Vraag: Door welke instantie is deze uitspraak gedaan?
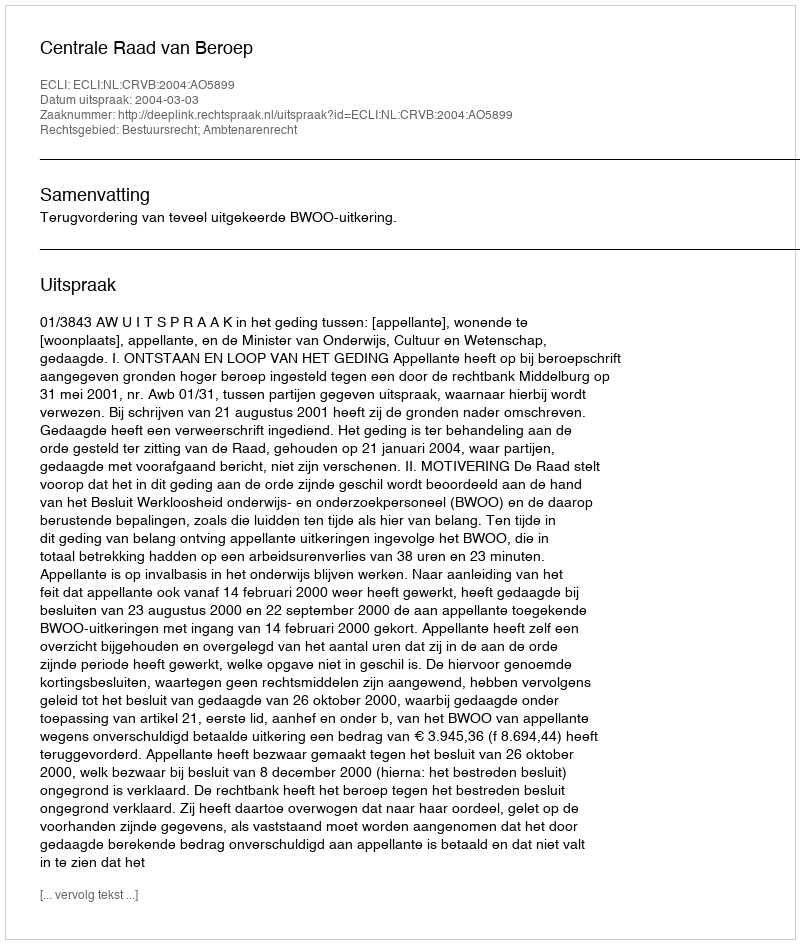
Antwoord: Centrale Raad van Beroep